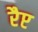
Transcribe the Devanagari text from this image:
रैप्ट